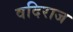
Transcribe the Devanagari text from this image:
वदिराज